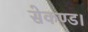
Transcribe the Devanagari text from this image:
सेकण्ड।